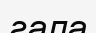
гала